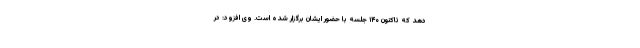
دهد که تاکنون ۱۴۰ جلسه با حضور ایشان برگزار شده است. وی افزود: در